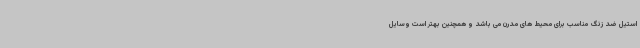
استیل ضد زنگ مناسب برای محیط های مدرن می باشد و همچنین بهتر است وسایل